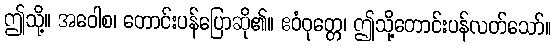
ဤသို့။ အဝေါစ၊ တောင်းပန်ပြောဆို၏။ ဧဝံဝုတ္တေ၊ ဤသို့တောင်းပန်လတ်သော်။